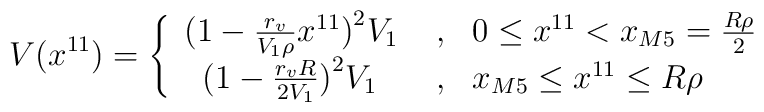
V(x^{11}) =     \left\{ \begin{array}{lll}     \big(1-\frac{r_v}{V_1\rho} x^{11}\big)^2 V_1 & \; , &     0 \le x^{11}< x_{M5}=\frac{R\rho}{2} \\     \;\; \big(1-\frac{r_vR}{2V_1}\big)^2 V_1     & \; , &     x_{M5} \le x^{11} \le R\rho     \end{array} \right.